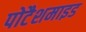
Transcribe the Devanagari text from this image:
पोटैशमाइड